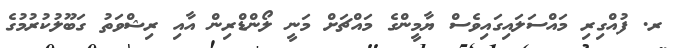
ރ. ފުއްގިރި މައްސަލައިގައިވެސް ޔާމީންގެ މައްޗަށް މަނީ ލޯންޑްރިން އާއި ރިޝްވަތު ގަބޫލުކުރުމުގެ